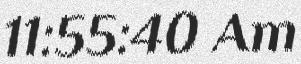
11:55:40 Am